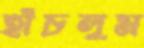
হাঁচলুম